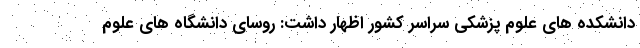
دانشکده های علوم پزشکی سراسر کشور اظهار داشت: روسای دانشگاه های علوم